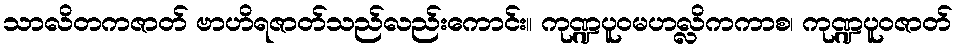
သာလိတကဇာတ် ဗာဟိရဇာတ်သည်လည်းကောင်း။ ကုဏ္ဍပူဝမဟလ္လိကကာစ၊ ကုဏ္ဍပူဝဇာတ်